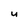
Character: U